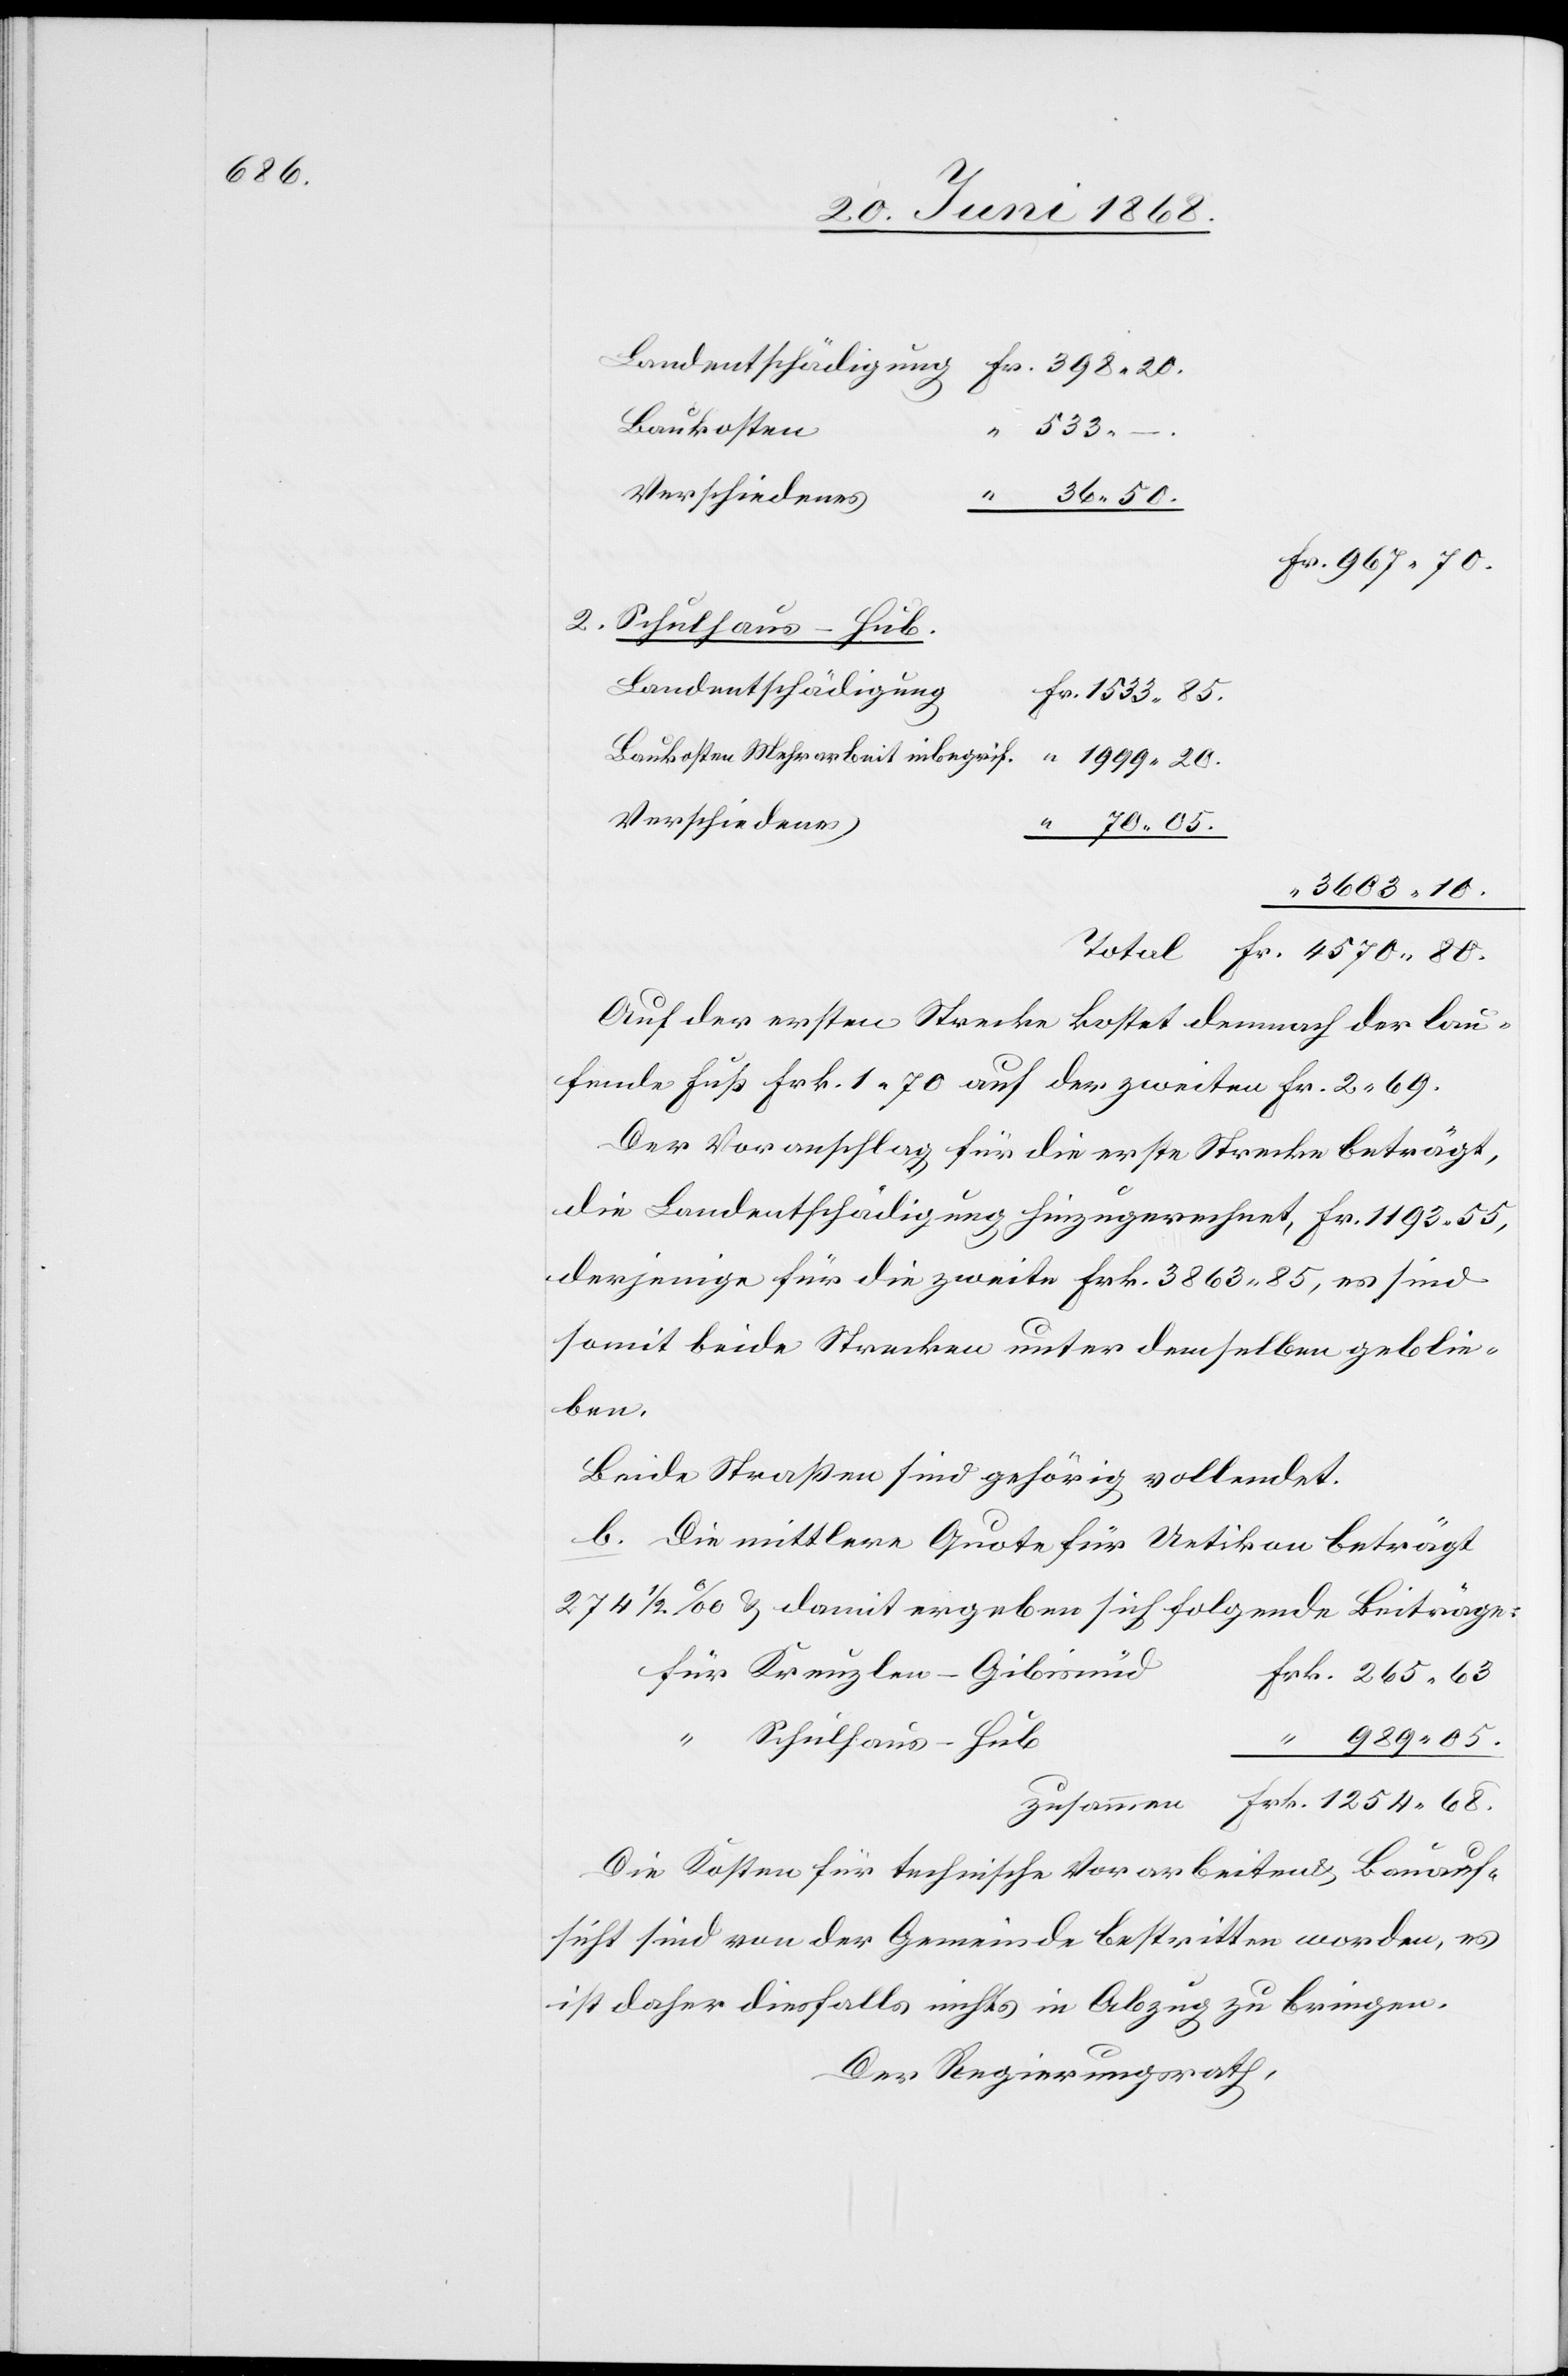
Baukosten
“ 533.
Verschiedenes
“ 36. 50.
Fr. 967. 70.
2. Schulhaus-Hub.
Landentschädigung
Fr. 4570. 80.
Baukosten Mehrarbeit inbegrif.
“ 1999. 20.
Verschiedenes
“ 70. 05.
“ 3603. 10.
Auf der ersten Strecke kostet demnach der lau¬
fende Fuß Frk. 1. 70 auf der zweiten Fr. 2. 69.
Der Voranschlag für die erste Strecke beträgt,
die Landentschädigung hinzugerechnet, Fr. 1193. 55,
derjenige für die zweite Frk. 3863. 85, es sind
somit beide Strecken unter demselben geblie¬
ben.
Beide Straßen sind gehörig vollendet.
b. Die mittlere Quote für Uetikon beträgt
274 1/2 ‰ & damit ergeben sich folgende Beiträge:
für Kreuzlen-Gibisnüd
Frk. 1254. 68.
20.
989. 05.
“ Schulhaus-Hub
“
Die Kosten für technische Vorarbeiten & Bauauf¬
sicht sind von der Gemeinde bestritten worden, es
ist daher diesfalls nichts in Abzug zu bringen.
Der Regierungsrath,